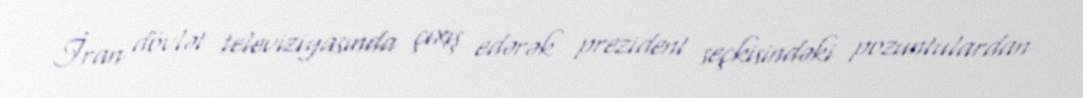
İran dövlət televiziyasında çıxış edərək prezident seçkisindəki pozuntulardan